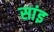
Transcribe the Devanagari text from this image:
सांइ